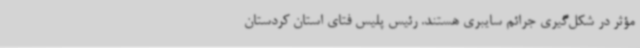
مؤثر در شکل‌گیری جرائم سایبری هستند. رئیس پلیس فتای استان کردستان